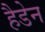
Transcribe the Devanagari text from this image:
हैडेन